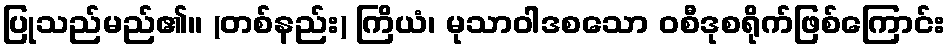
ပြုသည်မည်၏။ (တစ်နည်း) ကြိယံ၊ မုသာဝါဒစသော ဝစီဒုစရိုက်ဖြစ်ကြောင်း